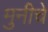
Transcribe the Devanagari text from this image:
मुनीचे